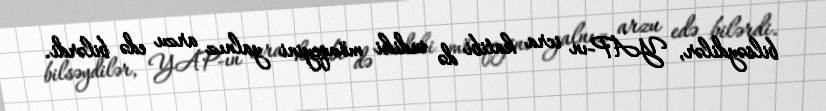
bilsəydilər, YAP-ın icra katibi də indiki mövqeyini yalnız arzu edə bilərdi.